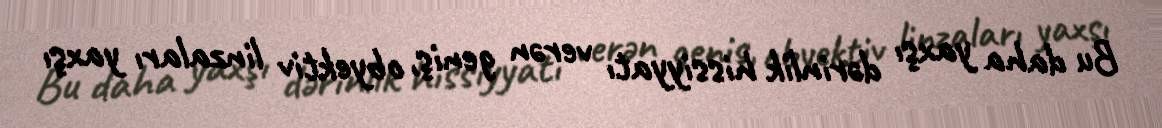
Bu daha yaxşı dərinlik hissiyyatı verən geniş, obyektiv linzaları yaxşı